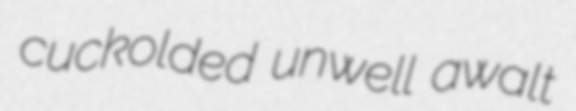
cuckolded unwell awalt